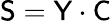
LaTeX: \mathsf{S}=\mathsf{Y}\cdot\mathsf{C}